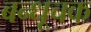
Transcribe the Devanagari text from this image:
बन्धूचक